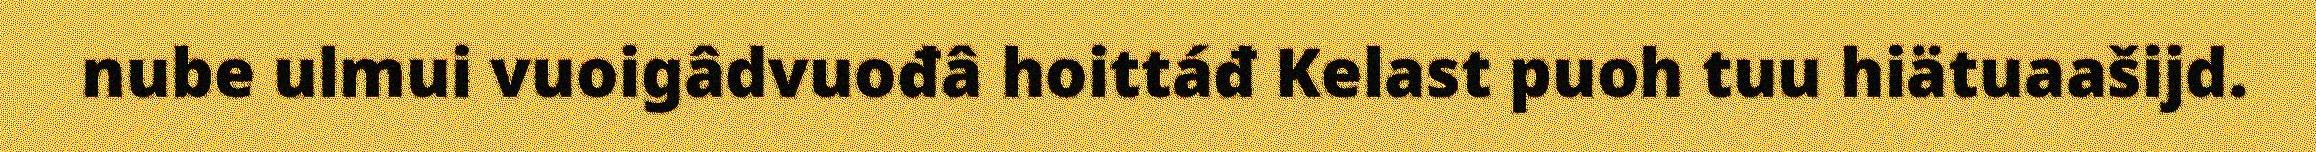
nube ulmui vuoigâdvuođâ hoittáđ Kelast puoh tuu hiätuaašijd.